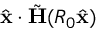
\hat { \mathbf { x } } \cdot \tilde { \mathbf H } ( R _ { 0 } \hat { \mathbf { x } } )